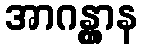
အာဂန္တွာန